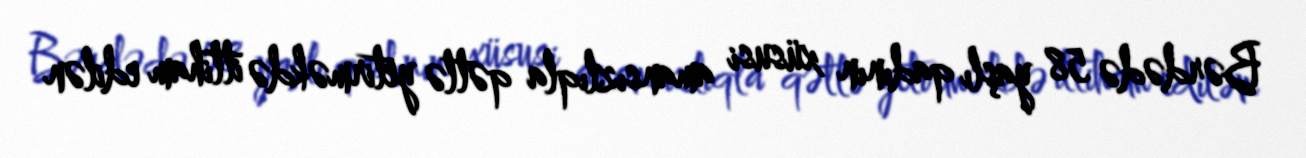
Bərdədə 58 yaşlı qadının xüsusi amansızlıqla qətlə yetirməkdə ittiham edilən